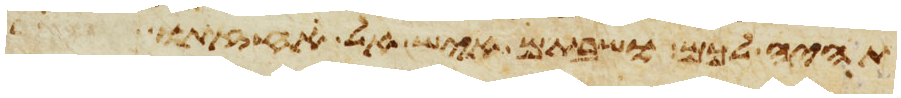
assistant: תהיה לכם ושבתם איש אל אחזתו